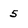
Character: 5